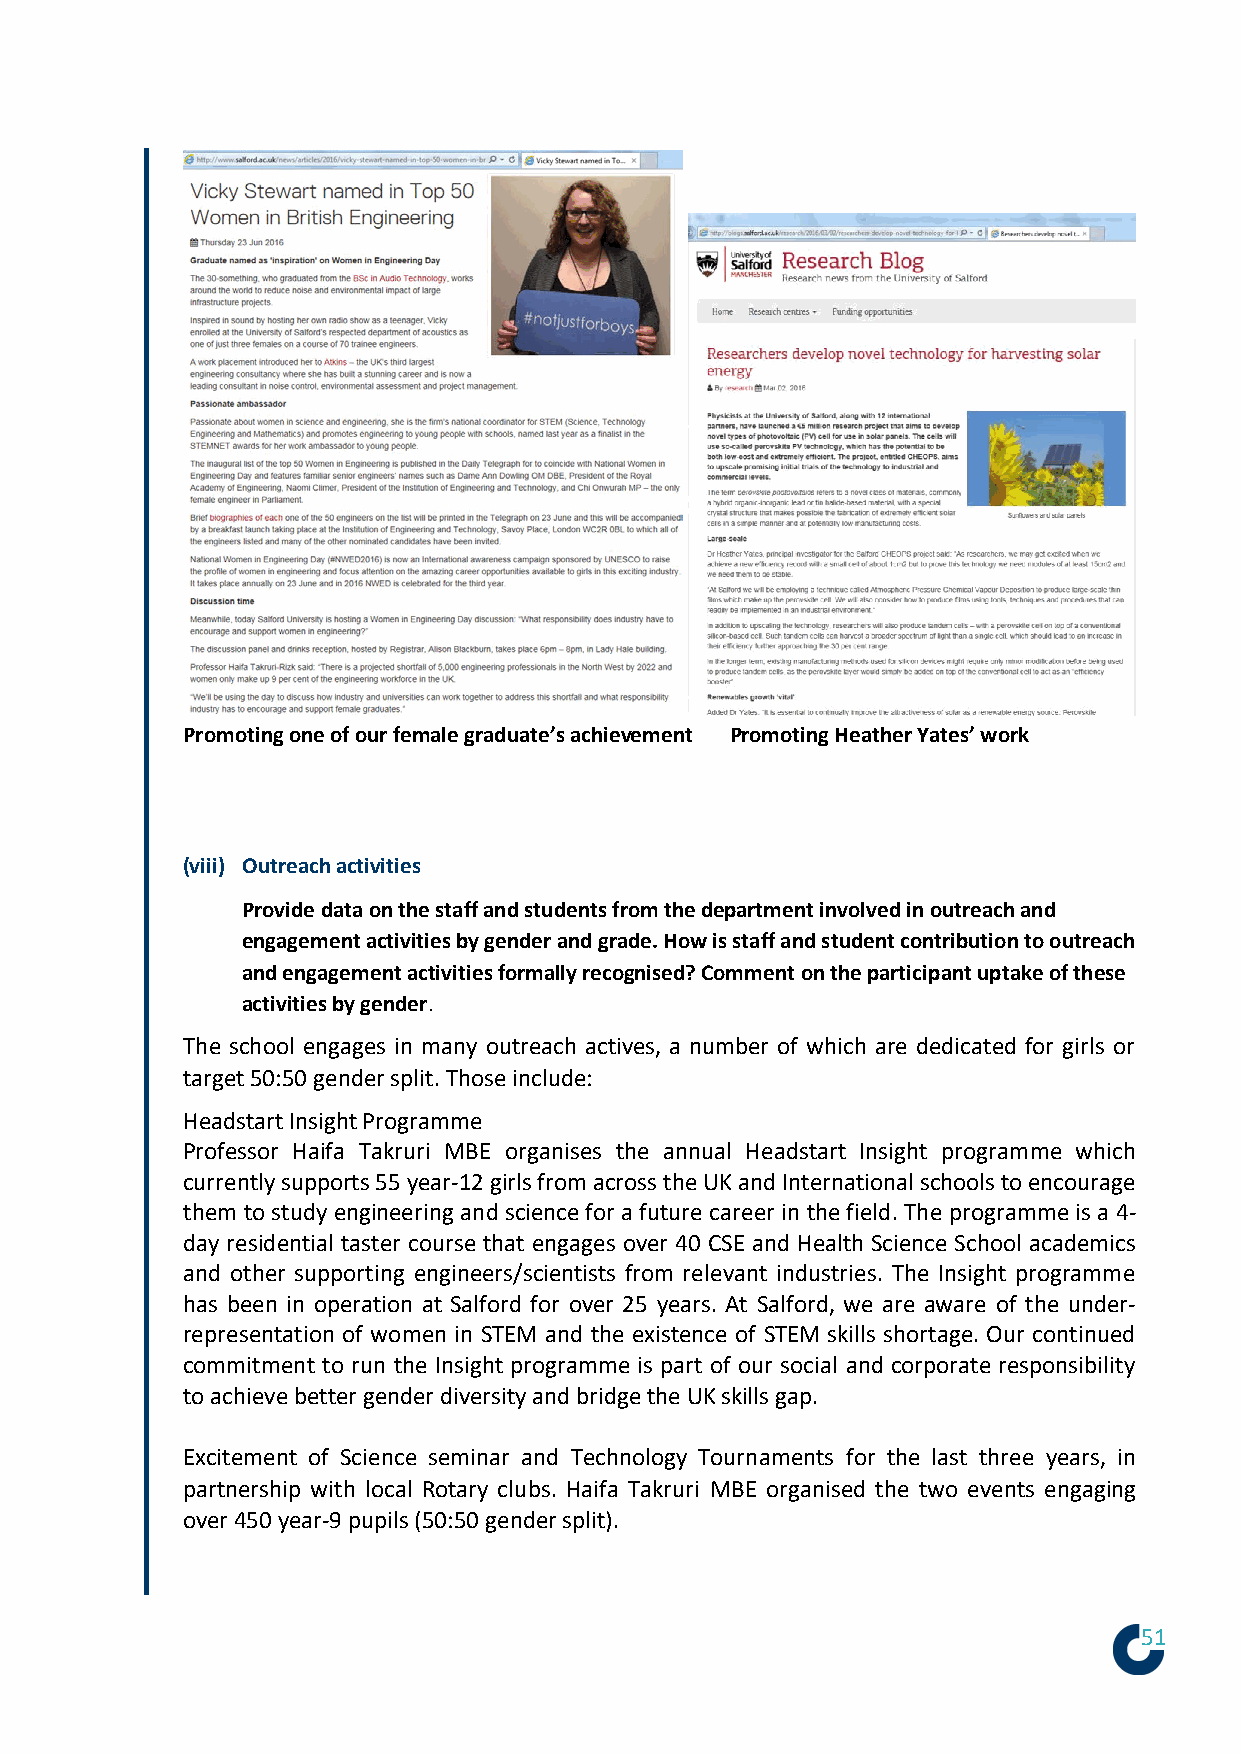
Promoting one of our female graduate’s achievement Promoting Heather Yates’ work
 (viii) Outreach activities
 Provide data on the staff and students from the department involved in outreach and
 engagement activities by gender and grade. How is staff and student contribution to outreach
 and engagement activities formally recognised? Comment on the participant uptake of these
 activities by gender.
 The school engages in many outreach actives, a number of which are dedicated for girls or
 target 50:50 gender split. Those include:
 Headstart Insight Programme
 Professor Haifa Takruri MBE organises the annual Headstart Insight programme which
 currently supports 55 year-12 girls from across the UK and International schools to encourage
 them to study engineering and science for a future career in the field. The programme is a 4-
 day residential taster course that engages over 40 CSE and Health Science School academics
 and other supporting engineers/scientists from relevant industries. The Insight programme
 has been in operation at Salford for over 25 years. At Salford, we are aware of the under-
 representation of women in STEM and the existence of STEM skills shortage. Our continued
 commitment to run the Insight programme is part of our social and corporate responsibility
 to achieve better gender diversity and bridge the UK skills gap.
 Excitement of Science seminar and Technology Tournaments for the last three years, in
 partnership with local Rotary clubs. Haifa Takruri MBE organised the two events engaging
 over 450 year-9 pupils (50:50 gender split).
 51